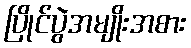
ပြိုင်ပွဲအမျိုးအစား